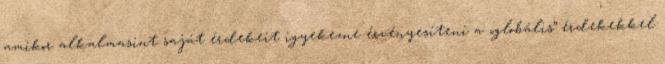
amikor alkalmasint saját érdekeit igyekezne érvényesíteni a „globális” érdekekkel